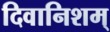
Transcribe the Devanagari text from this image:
दिवानिशम्